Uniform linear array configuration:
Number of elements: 32
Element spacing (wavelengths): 0.5
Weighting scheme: uniform
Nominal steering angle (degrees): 15
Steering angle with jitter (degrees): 13.939
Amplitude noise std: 0.05
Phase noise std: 0.05

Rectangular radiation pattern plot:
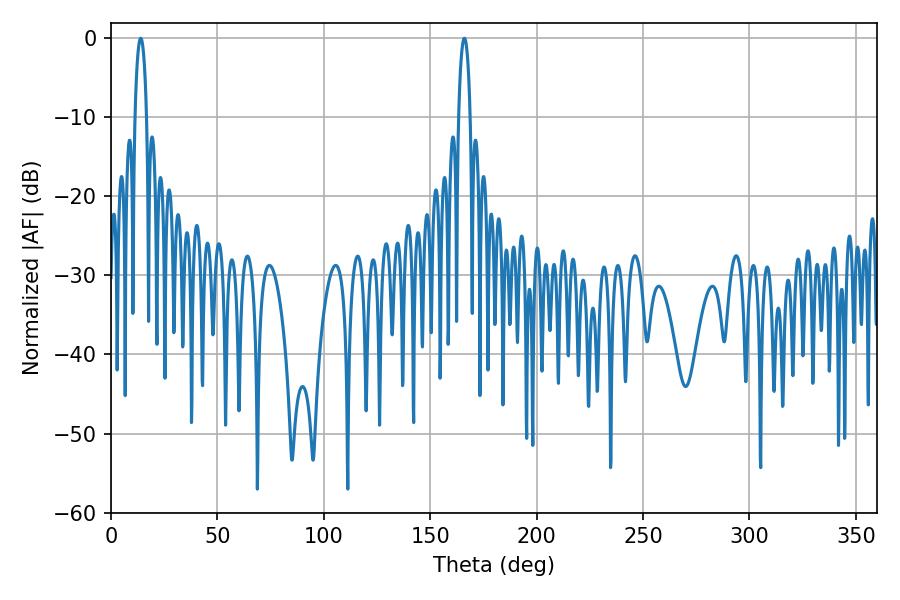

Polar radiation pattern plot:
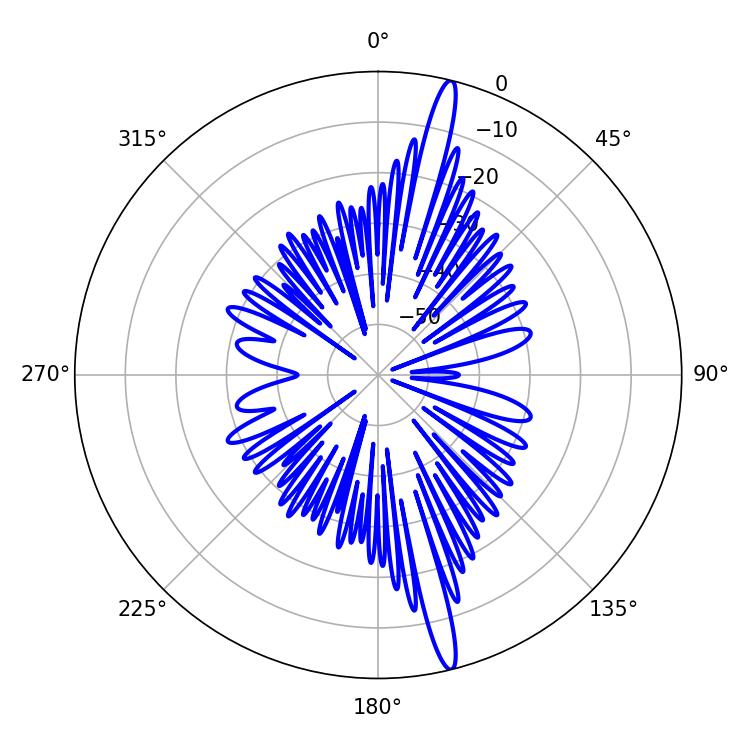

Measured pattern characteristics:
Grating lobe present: FALSE
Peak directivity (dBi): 18.087
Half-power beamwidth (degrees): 3.06
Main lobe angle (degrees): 165.96